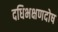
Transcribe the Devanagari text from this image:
दधिभक्षणदोष